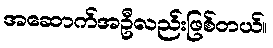
အဆောက်အဦလည်းဖြစ်တယ်။